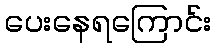
ပေးနေရကြောင်း